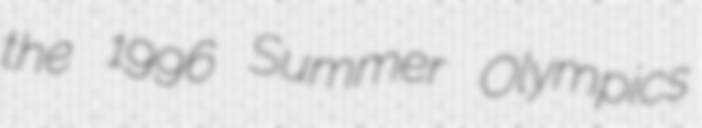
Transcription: the 1996 Summer Olympics